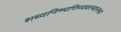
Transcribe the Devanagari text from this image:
शब्दनिष्पत्तिव्यवस्थानरूप